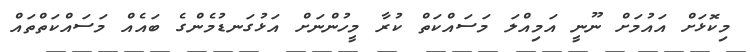
މިކޮޅަށް އައުމަށް ނޫނީ އަމިއްލަ މަސައްކަތް ކުރާ މީހުންނަށް އަޅުގަނޑުމެންގެ ބައެއް މަސައްކަތްތައް